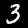
Digit: 3